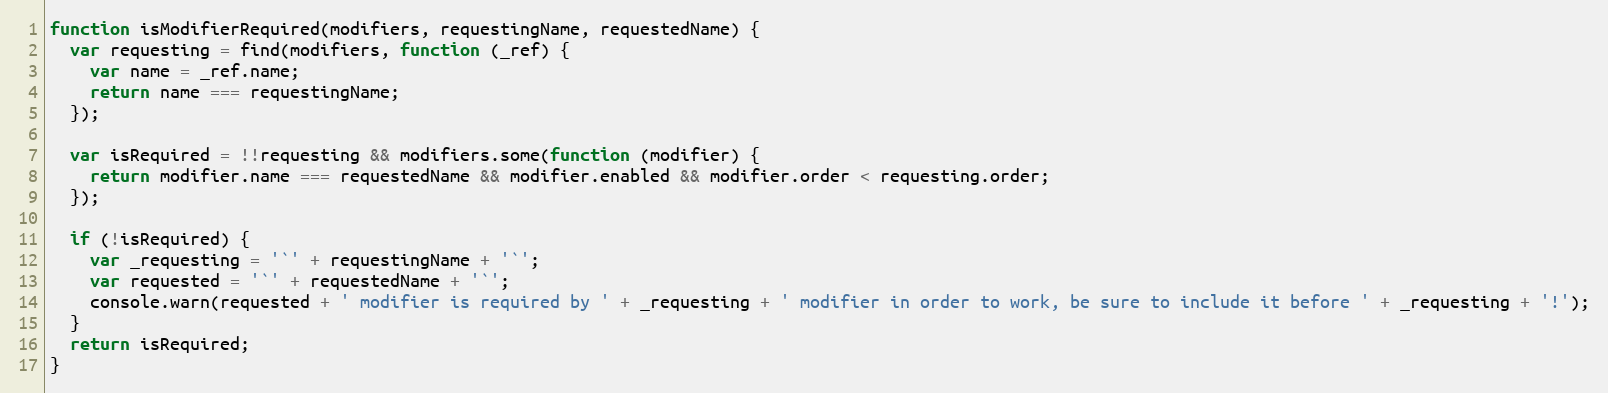
Language: JavaScript
function isModifierRequired(modifiers, requestingName, requestedName) {
  var requesting = find(modifiers, function (_ref) {
    var name = _ref.name;
    return name === requestingName;
  });

  var isRequired = !!requesting && modifiers.some(function (modifier) {
    return modifier.name === requestedName && modifier.enabled && modifier.order < requesting.order;
  });

  if (!isRequired) {
    var _requesting = '`' + requestingName + '`';
    var requested = '`' + requestedName + '`';
    console.warn(requested + ' modifier is required by ' + _requesting + ' modifier in order to work, be sure to include it before ' + _requesting + '!');
  }
  return isRequired;
}